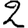
Digit: 2